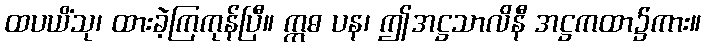
ထပယိံသု၊ ထားခဲ့ကြကုန်ပြီ။ ဣဓ ပန၊ ဤအဋ္ဌသာလိနီ အဋ္ဌကထာ၌ကား။